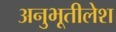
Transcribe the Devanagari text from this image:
अनुभूतीलेश